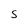
Character: S